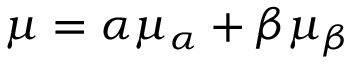
\mu = \alpha \mu _ { \alpha } + \beta \mu _ { \beta }